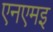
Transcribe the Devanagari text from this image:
एनएमइ